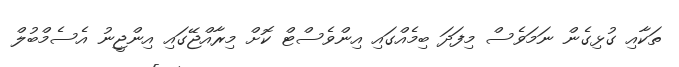
ތަކާއި ގުޅިގެން ނަމަވެސް މިފަދަ ބިމެއްގައި އިންވެސްޓް ކޮށް މިރާއްޖޭގައި އިންޖީނު އެސެމްބުލް